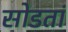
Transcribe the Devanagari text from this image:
सोडतां